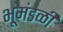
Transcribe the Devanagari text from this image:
भूमंडळीं